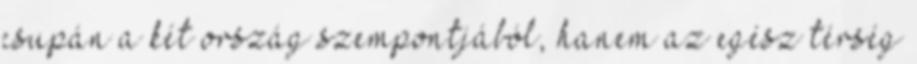
csupán a két ország szempontjából, hanem az egész térség